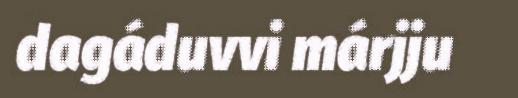
dagáduvvi márjju